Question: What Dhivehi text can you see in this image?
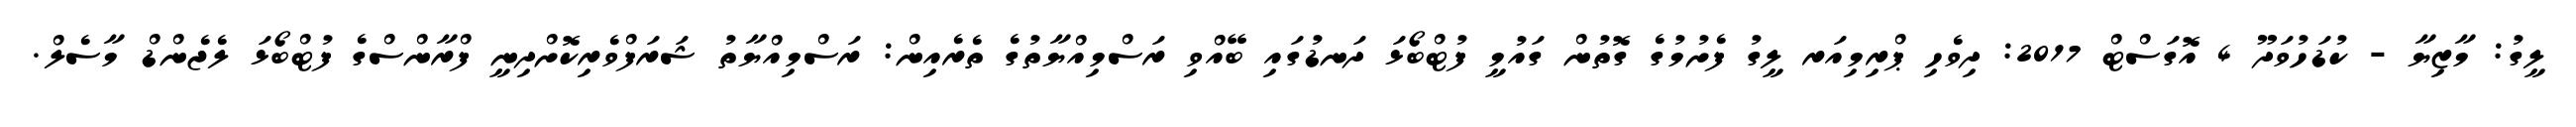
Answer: ލީގު: މާޒިޔާ - ކުޑަހުވަދޫ 4 އޮގަސްޓް 2017: ދިވެހި ޕްރިމިއަރ ލީގު ފެށުމުގެ ގޮތުން ގައުމީ ފުޓްބޯޅަ ދަނޑުގައި ބޭއްވި ރަސްމިއްޔާތުގެ ތެރެއިން: ރަސްމިއްޔާތު ޝަރަފްވެރިކޮށްދިނީ ފްރާންސްގެ ފުޓްބޯޅަ ލެޖެންޑް މާސެލް.